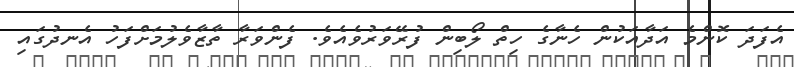
އެފަދަ ކޮންމެ އަދާއަކުން ހެނާގެ ހިތް ލޯބިން ފުރޭވަރުވެއެވެ. ފެންވަރާ ތާޒާވެލުމަށްފަހު އެނދުގައި